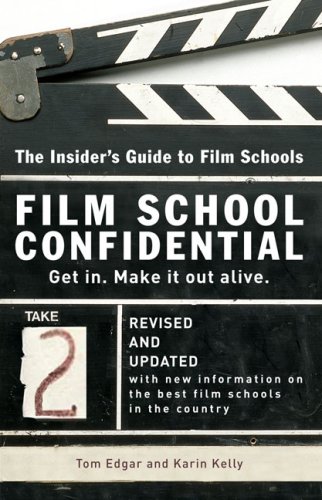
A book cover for Film School Confidential: The Insider's Guide To Film Schools; Tom Edgar; Humor & Entertainment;